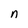
Character: n